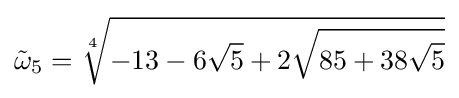
{\tilde {\omega }}_{5}={\sqrt[{4}]{-13-6{\sqrt {5}}+2{\sqrt {85+38{\sqrt {5}}}}}}